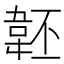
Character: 𩎜